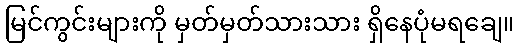
မြင်ကွင်းများကို မှတ်မှတ်သားသား ရှိနေပုံမရချေ။